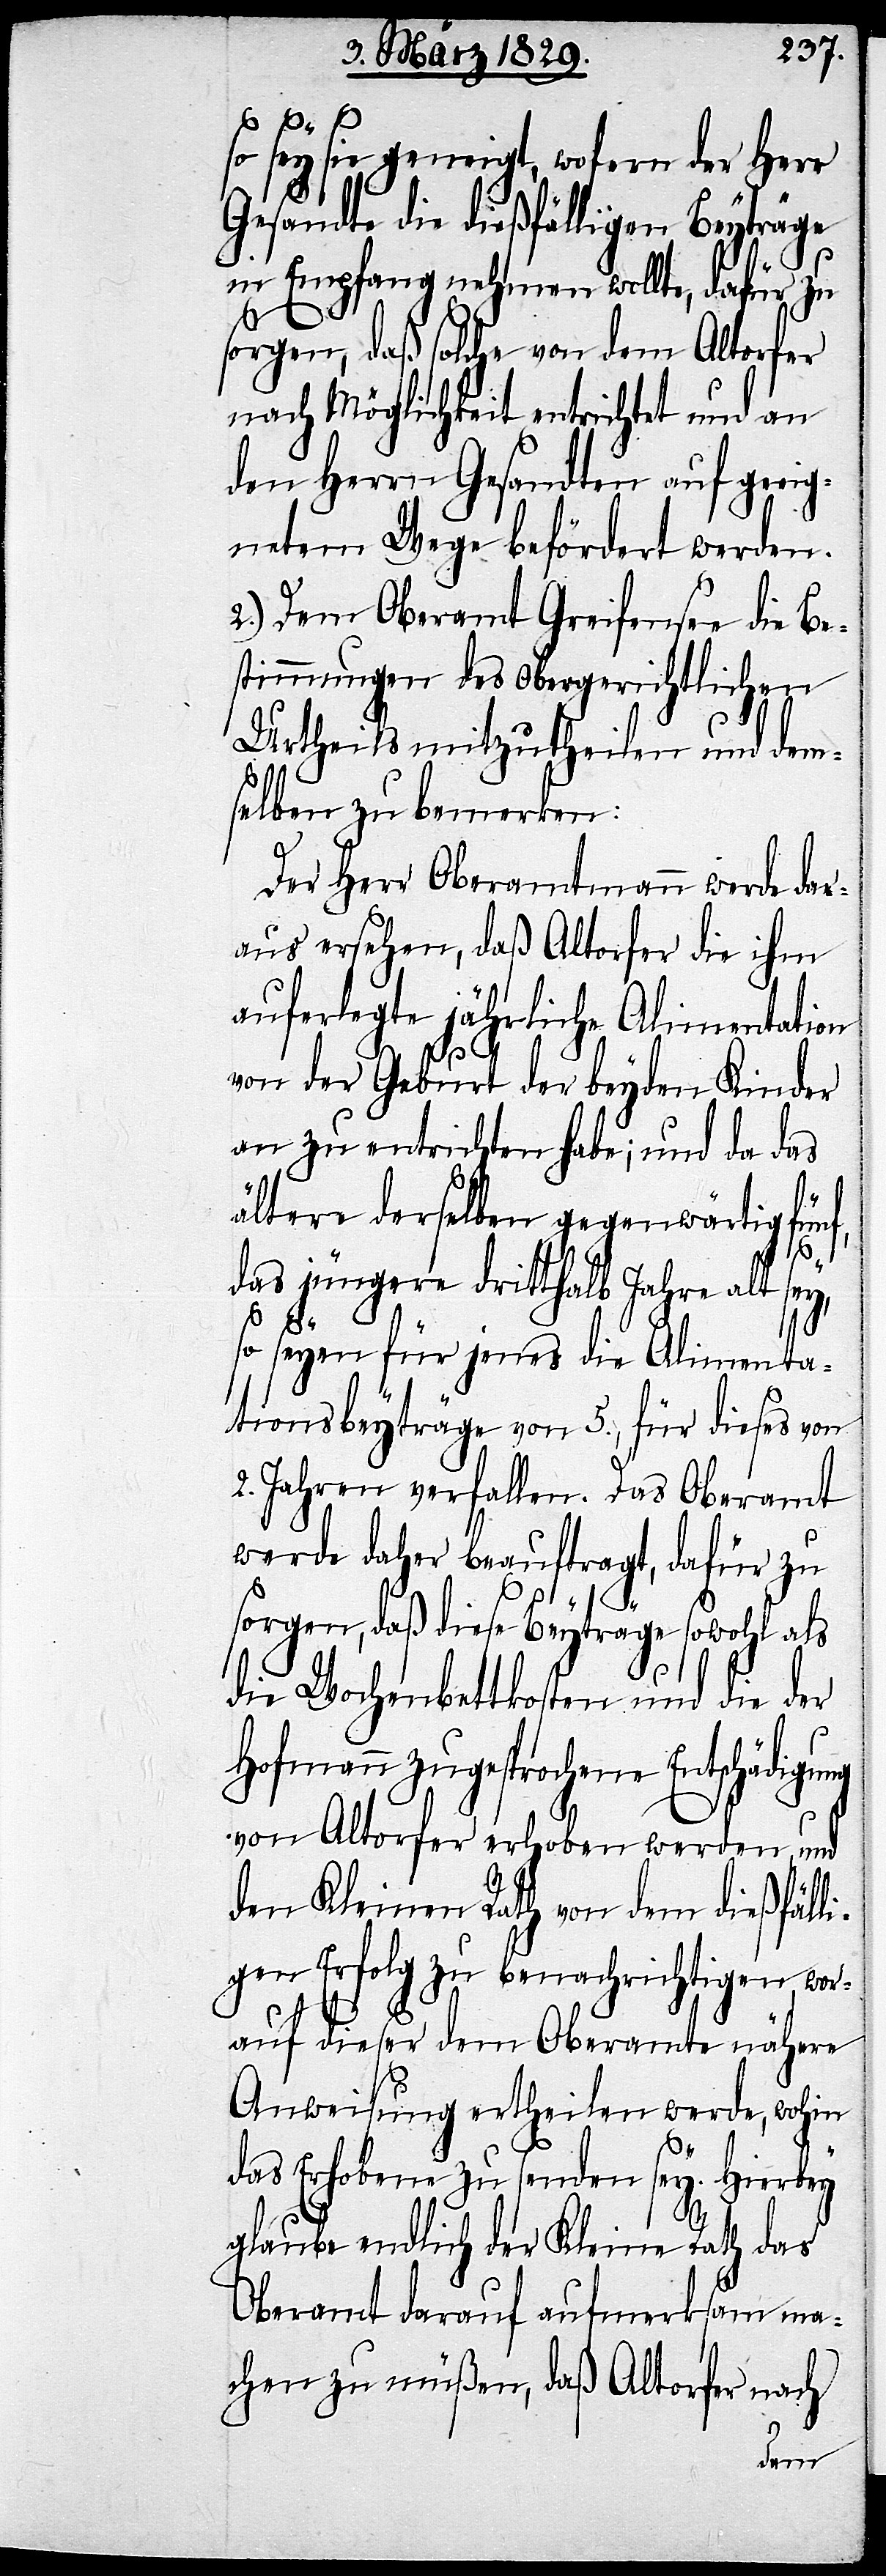
so sey sie geneigt, wofern der Herr
Gesandte die dießfälligen Beyträge
in Empfang nehmen wollte, dafür zu
sorgen, daß solche von dem Altorfer
nach Möglichkeit entrichtet und an
den Herrn Gesandten auf geeig¬
netem Wege befördert werden.
2.) Dem Oberamt Greifensee die Be¬
stimmungen des obergerichtlichen
Urtheils mitzutheilen und dem¬
selben zu bemerken:
Der Herr Oberamtmann werde dar¬
aus ersehen, daß Altorfer die ihm
auferlegte jährliche Alimentation
von der Geburt der beyden Kinder
an zu entrichten habe; und da das
ältere derselben gegenwärtig fün¬
f,
das jüngere dritthalb Jahre alt sey,
so seyen für jenes die Alimenta¬
tionsbeyträge von 5., für dieses von
2. Jahren verfallen. Das Oberamt
werde daher beauftragt, dafür zu
sorgen, daß diese Beyträge sowohl als
die Wochenbettkosten und die der
Hofmann zugesprochene Entschädigung
von Altorfer erhoben werden und
den Kleinen Rath von dem dießfäll¬
igen Erfolg zu benachrichtigen, wor¬
auf dieser dem Oberamte nähere
Anweisung ertheilen werde, wohin
das Erhobene zu senden sey. Hierbey
glaube endlich der Kleine Rath das
Oberamt darauf aufmerksam ma¬
chen zu müßen, daß Altorfer nach